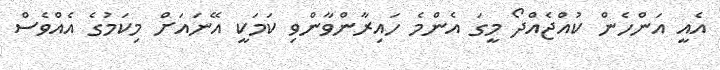
އެއީ އަންހެން ކުއްޖެއްދޯ މީގަ އެންމެ ހައިރާންވާންވި ކަމަކީ އޭނައަށް މިކަމުގެ އެއްވެސް